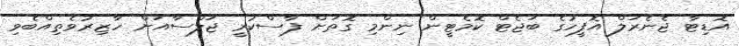
އޮޑިޓާ ޖެނެރަލް އޮފީހުގެ ބަޖެޓް ކޮމެޓީން ނިންމި ގޮތަށް ފާސްކުރީ ޖަލްސާއަށް ހާޒިރުވެތިއްބެވި